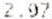
2.97